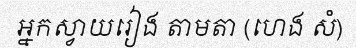
អ្នកស្វាយរៀង តាមតា (ហេង សំ)